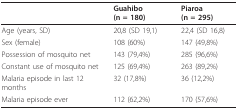
<table><thead><tr><td></td><td><b>Guahibo (n = 180)</b></td><td><b>Piaroa (n = 295)</b></td></tr></thead><tbody><tr><td>Age (years, SD)</td><td>20,8 (SD 19,1)</td><td>22,4 (SD 16,8)</td></tr><tr><td>Sex (female)</td><td>108 (60%)</td><td>147 (49,8%)</td></tr><tr><td>Possession of mosquito net</td><td>143 (79,4%)</td><td>285 (96,6%)</td></tr><tr><td>Constant use of mosquito net</td><td>125 (69,4%)</td><td>263 (89,2%)</td></tr><tr><td>Malaria episode in last 12 months</td><td>32 (17,8%)</td><td>36 (12,2%)</td></tr><tr><td>Malaria episode ever</td><td>112 (62,2%)</td><td>170 (57,6%)</td></tr></tbody></table>